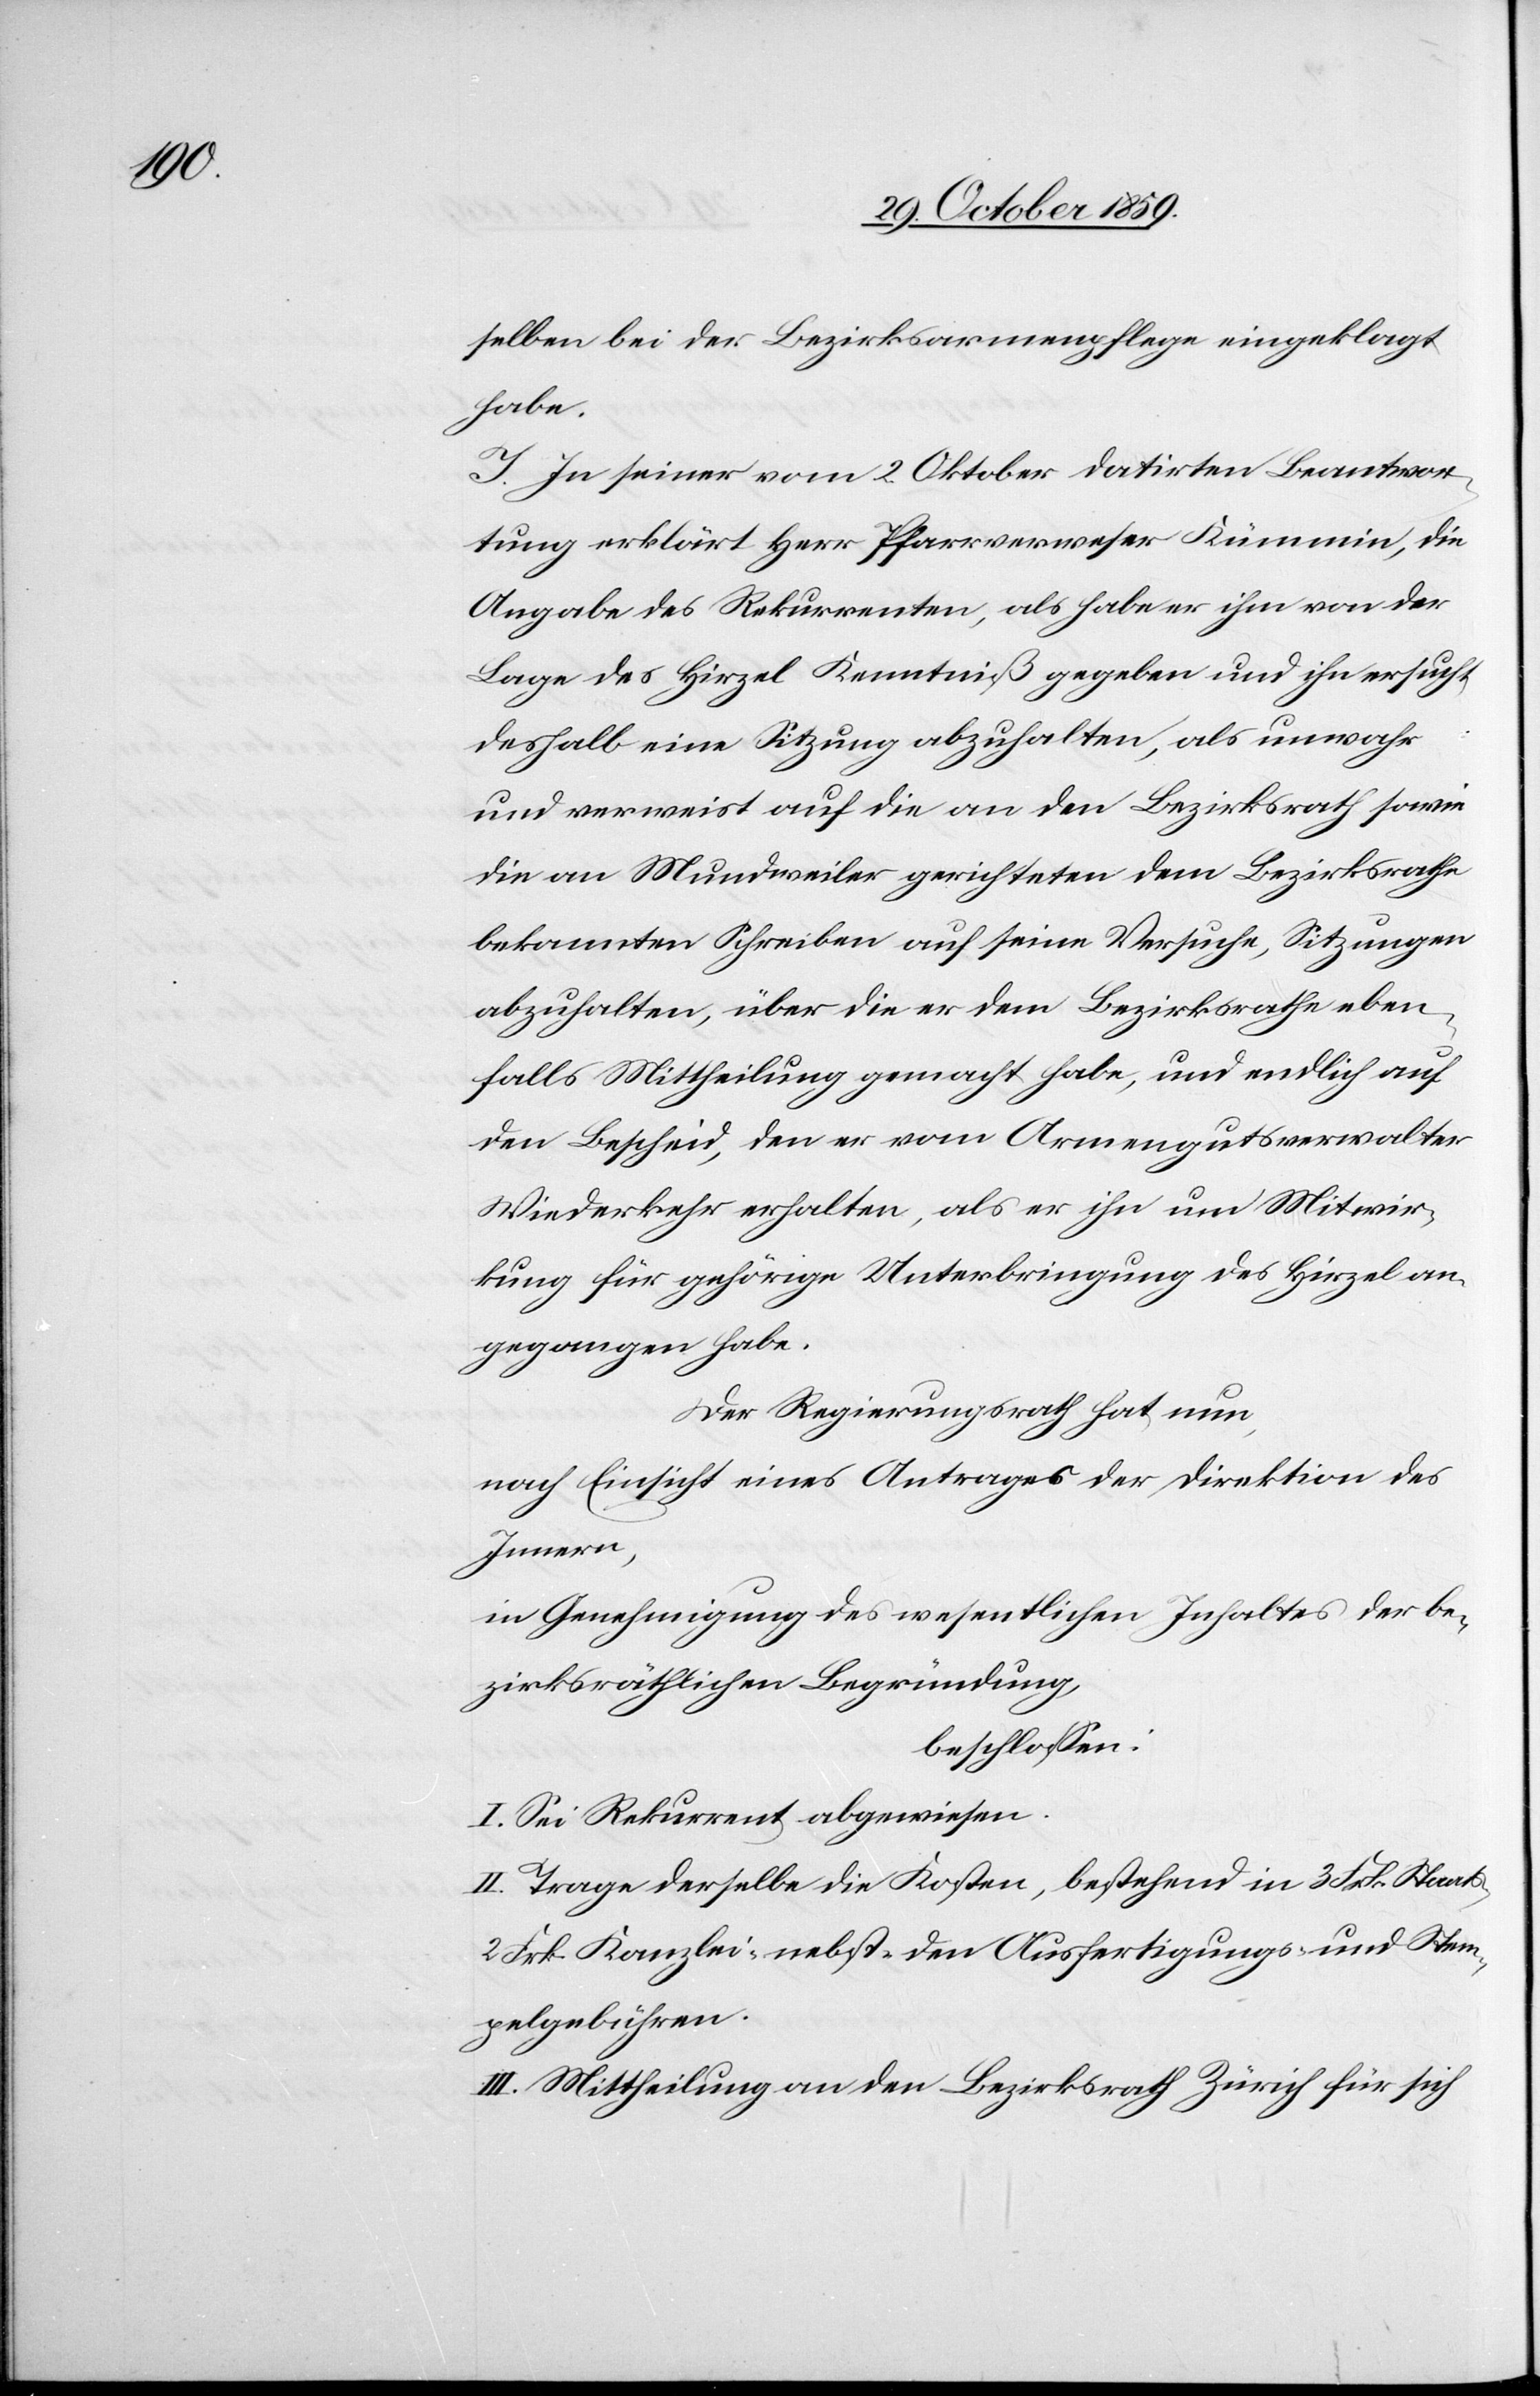
selben bei der Bezirksarmenpflege eingeklagt
habe.
I. In seiner vom 2. Oktober datirten Beantwor¬
tung erklärt Herr Pfarrverweser Kümmin, die
Angabe des Rekurrenten, als habe er ihm von der
Lage des Hirzel Kenntniß gegeben und ihn ersucht,
deshalb eine Sitzung abzuhalten, als unwahr
und verweist auf die an den Bezirksrath sow¬
ie an Mundweiler gerichteten dem Bezirksrathe
bekannten Schreiben auf seine Versuche, Sitzungen
abzuhalten, über die er dem Bezirksrathe eben¬
falls Mittheilung gemacht habe, und endlich auf
den Bescheid, den er vom Armengutsverwalter
Wiederkehr erhalten, als er ihn um Mitwir¬
kung für gehörige Unterbringung des Hirzel an¬
gegangen habe.
Der Regierungsrath hat nun,
nach Einsicht eines Antrages der Direktion des
Innern,
in Genehmigung des wesentlichen Inhaltes der be¬
zirksräthlichen Begründung,
beschlossen:
I. Sei Rekurrent abgewiesen.
II. Trage derselbe die Kosten, bestehend in 3 Frk. Staats-,
2 Frk. Kanzlei- nebst den Ausfertigungs- und Stem¬
pelgebühren.
III. Mittheilung an den Bezirksrath Zürich für sich